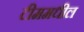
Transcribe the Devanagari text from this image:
टीममधील